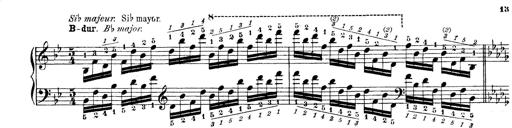
Title: Technische Studien
Composer: Franz Liszt